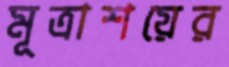
মূত্রাশয়ের